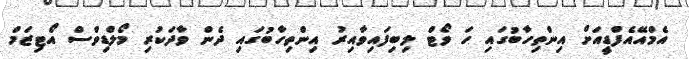
އެމްއޭއެފްޑީއަށް އިންތިހާބުގައި ހަ ވޯޓް ލިބިފައިވާއިރު އިންތިހާބުގައި ދެން ވާދަކުރި މޯލްޑިވްސް އޯޓިޒަމް